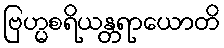
ဗြဟ္မစရိယန္တရာယောတိ